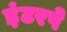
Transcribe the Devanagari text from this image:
इंटरपे